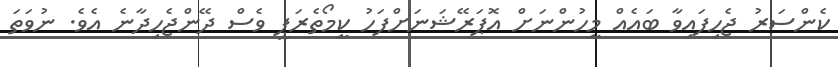
ކެންސަރު ޖެހިފައިވާ ބައެއް މީހުންނަށް އޮޕަރޭޝަނަށްފަހު ކީމޯތެރަޕީ ވެސް ދޭންޖެހިދާނެ އެވެ. ނުވަތަ